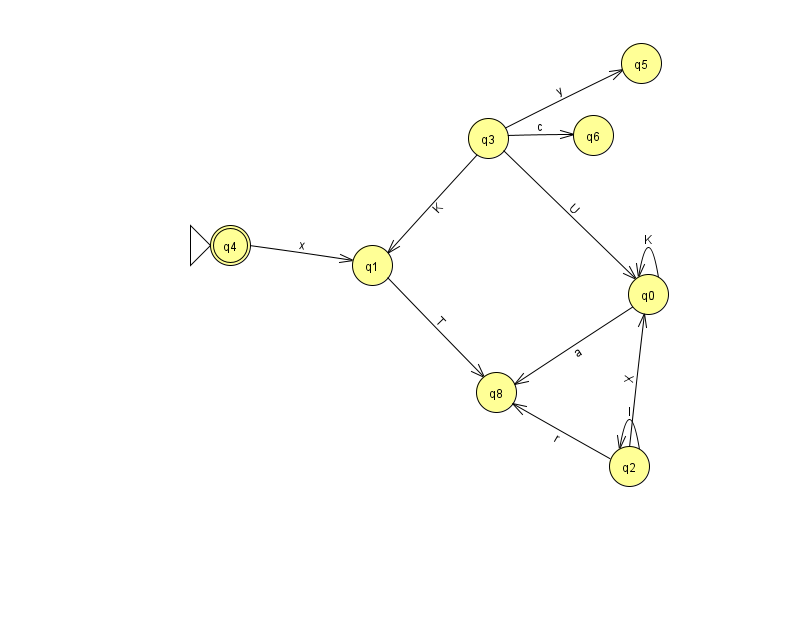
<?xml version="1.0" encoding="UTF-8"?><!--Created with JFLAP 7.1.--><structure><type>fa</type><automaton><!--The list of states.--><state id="0" name="q0"><x>648.0</x><y>281.0</y></state><state id="1" name="q1"><x>372.0</x><y>252.0</y></state><state id="2" name="q2"><x>629.0</x><y>453.0</y></state><state id="3" name="q3"><x>488.0</x><y>125.0</y></state><state id="4" name="q4"><x>230.0</x><y>232.0</y><initial/><final/></state><state id="5" name="q5"><x>641.0</x><y>50.0</y></state><state id="6" name="q6"><x>593.0</x><y>122.0</y></state><state id="8" name="q8"><x>496.0</x><y>379.0</y></state><!--The list of transitions.--><transition><from>1</from><to>8</to><read>T</read></transition><transition><from>2</from><to>8</to><read>r</read></transition><transition><from>3</from><to>5</to><read>y</read></transition><transition><from>3</from><to>1</to><read>K</read></transition><transition><from>0</from><to>8</to><read>a</read></transition><transition><from>3</from><to>0</to><read>U</read></transition><transition><from>2</from><to>0</to><read>X</read></transition><transition><from>0</from><to>0</to><read>K</read></transition><transition><from>2</from><to>2</to><read>l</read></transition><transition><from>3</from><to>6</to><read>c</read></transition><transition><from>4</from><to>1</to><read>x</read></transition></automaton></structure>